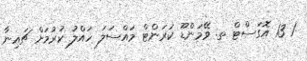
1 13 އޮގަސްޓް ތ. ވޭމަންޑޫ ކަރަންޓް މައްސަލަ ހައްލު ކުރުމަށް ޗައިނާ